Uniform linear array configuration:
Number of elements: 4
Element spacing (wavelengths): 0.5
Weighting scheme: kaiser
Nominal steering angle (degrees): -60
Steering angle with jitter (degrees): -59.842
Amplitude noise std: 0.05
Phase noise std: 0.05

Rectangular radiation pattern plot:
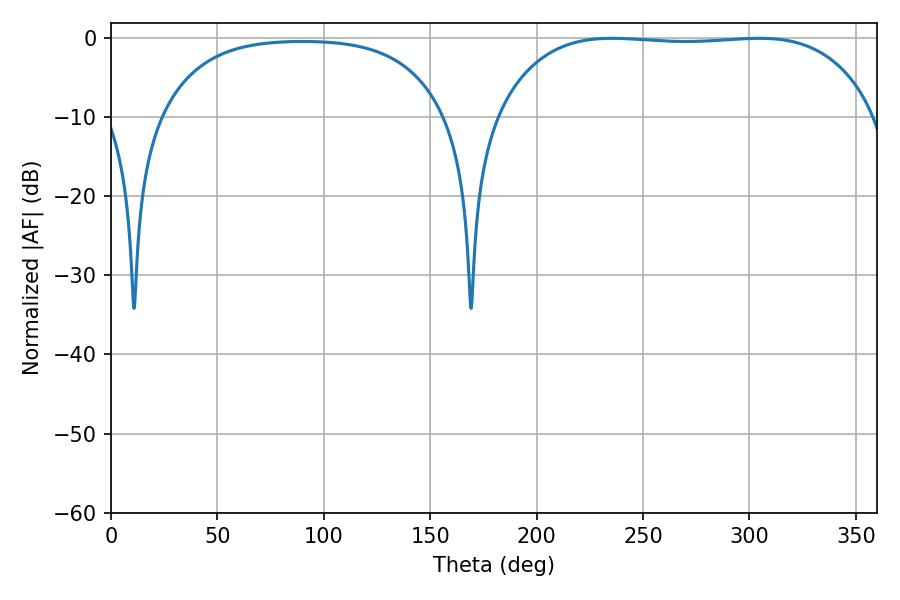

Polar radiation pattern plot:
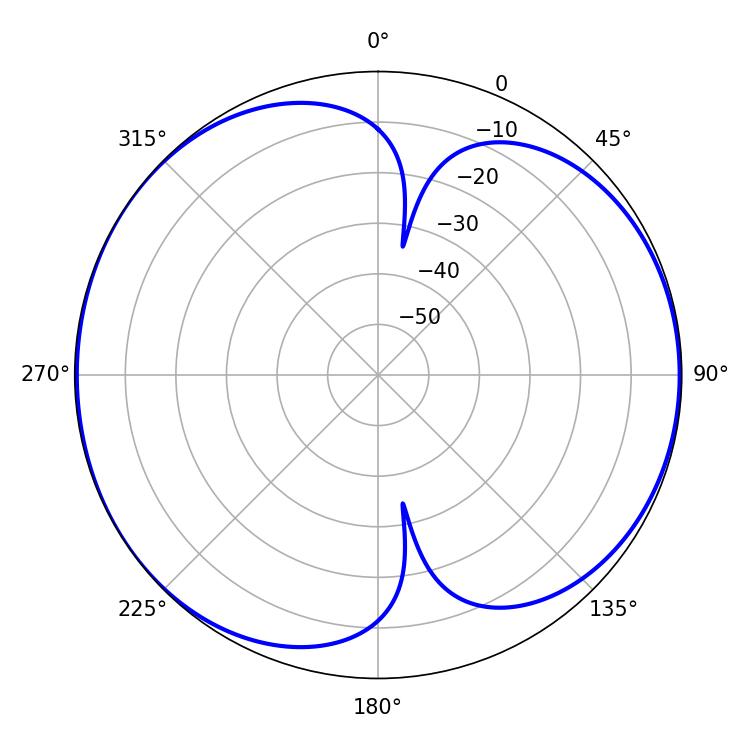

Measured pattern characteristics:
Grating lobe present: FALSE
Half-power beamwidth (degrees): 139.68
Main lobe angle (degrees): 235.26